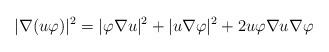
LaTeX: \begin{align*}|\nabla (u \varphi)|^2 =|\varphi \nabla u|^2+|u \nabla \varphi|^2+ 2 u \varphi \nabla u \nabla \varphi\end{align*}